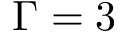
\Gamma = 3